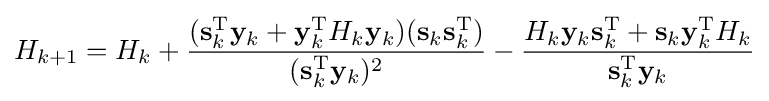
H_{k+1}=H_{k}+{\frac {(\mathbf {s} _{k}^{\mathrm {T} }\mathbf {y} _{k}+\mathbf {y} _{k}^{\mathrm {T} }H_{k}\mathbf {y} _{k})(\mathbf {s} _{k}\mathbf {s} _{k}^{\mathrm {T} })}{(\mathbf {s} _{k}^{\mathrm {T} }\mathbf {y} _{k})^{2}}}-{\frac {H_{k}\mathbf {y} _{k}\mathbf {s} _{k}^{\mathrm {T} }+\mathbf {s} _{k}\mathbf {y} _{k}^{\mathrm {T} }H_{k}}{\mathbf {s} _{k}^{\mathrm {T} }\mathbf {y} _{k}}}